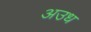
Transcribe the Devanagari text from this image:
अउध